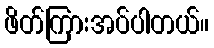
ဖိတ်ကြားအပ်ပါတယ်။